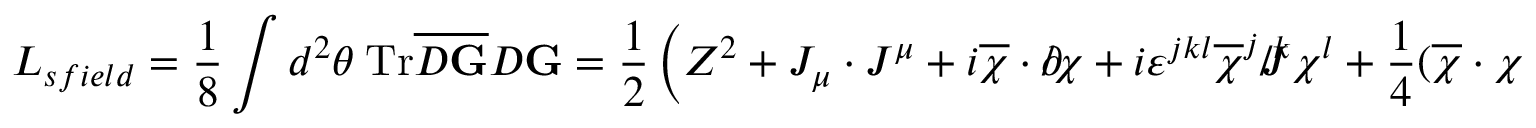
{ \cal L } _ { s f i e l d } = \frac 1 8 \int d ^ { 2 } \theta ~ \mathrm { T r } \overline { { { D { \bf G } } } } D { \bf G } = \frac 1 2 \left( Z ^ { 2 } + J _ { \mu } \cdot J ^ { \mu } + i \overline { { { \chi } } } \cdot \partial \! \! \! / \chi + i \varepsilon ^ { j k l } \overline { { { \chi } } } ^ { j } J \! \! \! \! / ^ { k } \chi ^ { l } + \frac 1 4 ( \overline { { { \chi } } } \cdot \chi ) ^ { 2 } \right) .